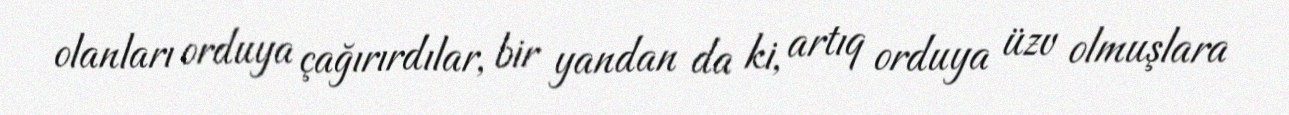
olanları orduya çağırırdılar, bir yandan da ki, artıq orduya üzv olmuşlara